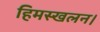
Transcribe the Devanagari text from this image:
हिमस्खलन।